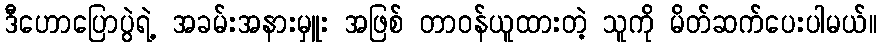
ဒီဟောပြောပွဲရဲ့ အခမ်းအနားမှူး အဖြစ် တာဝန်ယူထားတဲ့ သူကို မိတ်ဆက်ပေးပါမယ်။